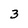
Character: 3